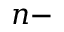
n -